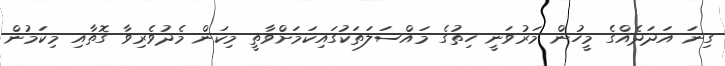
ގިނަ އަދަދެއްގެ މީހުން މަރުވަނީ ހިތުގެ މައްސަލަތަކުގައިކަމަށްވާތީ މިކަން މެދުވެރިވާ ގޮތާއި މިކަމުން